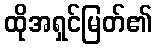
ထိုအရှင်မြတ်၏